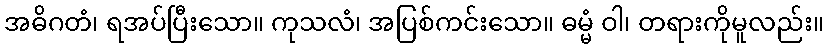
အဓိဂတံ၊ ရအပ်ပြီးသော။ ကုသလံ၊ အပြစ်ကင်းသော။ ဓမ္မံ ဝါ၊ တရားကိုမူလည်း။